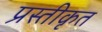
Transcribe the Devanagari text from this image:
प्रस्तीकृत